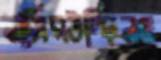
নাসিরউদ্দিনও